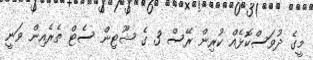
މީގެ ދުވަސްކޮޅެއް ކުރިން ރޭސް 3 ގެ ޝޫޓިން ސެޓް ތެރެއިން ވަނީ